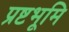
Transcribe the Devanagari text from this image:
प्रष्टभूमि